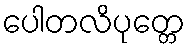
ပေါတလိပုတ္တေ